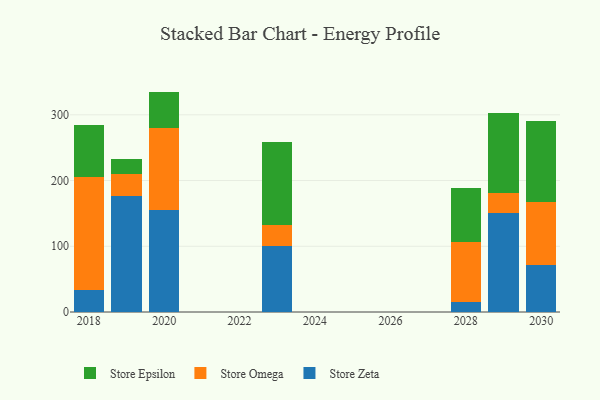
{"axis": {"x": "Year", "y": "Website Visitors"}, "legend": ["Store Epsilon", "Store Omega", "Store Zeta"], "data": [{"x": "2019", "y": 176.2, "type": "Store Zeta"}, {"x": "2019", "y": 33.6, "type": "Store Omega"}, {"x": "2019", "y": 23.7, "type": "Store Epsilon"}, {"x": "2020", "y": 155.7, "type": "Store Zeta"}, {"x": "2020", "y": 123.6, "type": "Store Omega"}, {"x": "2020", "y": 56.0, "type": "Store Epsilon"}, {"x": "2018", "y": 34.0, "type": "Store Zeta"}, {"x": "2018", "y": 171.7, "type": "Store Omega"}, {"x": "2018", "y": 78.1, "type": "Store Epsilon"}, {"x": "2028", "y": 15.0, "type": "Store Zeta"}, {"x": "2028", "y": 91.7, "type": "Store Omega"}, {"x": "2028", "y": 82.2, "type": "Store Epsilon"}, {"x": "2029", "y": 150.6, "type": "Store Zeta"}, {"x": "2029", "y": 30.6, "type": "Store Omega"}, {"x": "2029", "y": 121.8, "type": "Store Epsilon"}, {"x": "2030", "y": 71.8, "type": "Store Zeta"}, {"x": "2030", "y": 96.1, "type": "Store Omega"}, {"x": "2030", "y": 123.4, "type": "Store Epsilon"}, {"x": "2023", "y": 100.4, "type": "Store Zeta"}, {"x": "2023", "y": 32.5, "type": "Store Omega"}, {"x": "2023", "y": 125.2, "type": "Store Epsilon"}]}